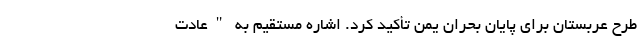
طرح عربستان برای پایان بحران یمن تأکید کرد. اشاره مستقیم به "عادت